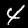
Label: 4